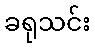
ခရုသင်း